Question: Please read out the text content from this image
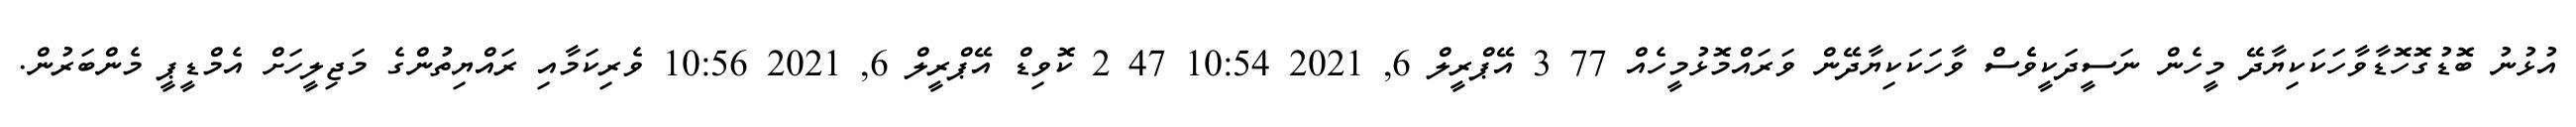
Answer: އުޅުނު ބޮޑުގޮހޮޑާވާހަކަކިޔާދޭ މީހެން ނަސީދަކީވެެސް ވާހަކަކިޔާދޭން ވަރައްމޮޅުމީހެއް 77 3 އޭޕްރީލް 6, 2021 10:54 47 2 ކޮވިޑް އޭޕްރީލް 6, 2021 10:56 ވެރިކަމާއި ރައްޔިތުންގެ މަޖިލީހަށް އެމްޑީޕީ މެންބަރުން.